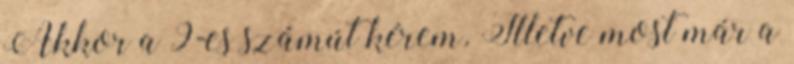
Akkor a 9-es számút kérem. Illetve most már a